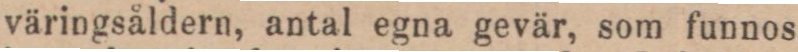
väringsåldern, antal egna gevär, som funnos